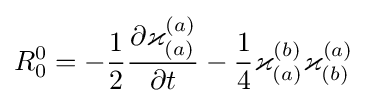
R_{0}^{0}=-{\frac {1}{2}}{\frac {\partial \varkappa _{(a)}^{(a)}}{\partial t}}-{\frac {1}{4}}\varkappa _{(a)}^{(b)}\varkappa _{(b)}^{(a)}